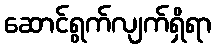
ဆောင်ရွက်လျက်ရှိရာ